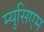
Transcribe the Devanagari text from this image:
म्युसिएम